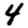
Digit: 4